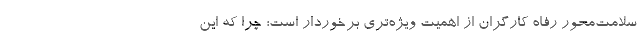
سلامت‌محور رفاه کارگران از اهمیت ویژه‌تری برخوردار است؛ چرا که این